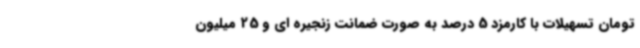
تومان تسهیلات با کارمزد 5 درصد به صورت ضمانت زنجیره ای و 25 میلیون